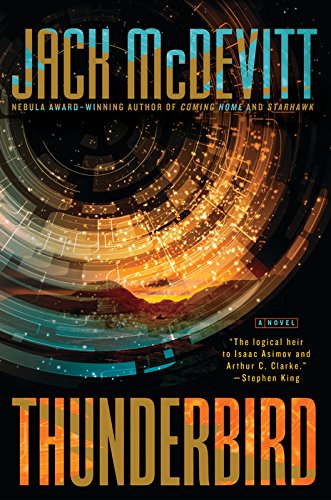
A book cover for Thunderbird; Jack McDevitt; Science Fiction & Fantasy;